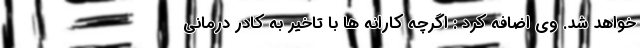
خواهد شد. وی اضافه کرد : اگرچه کارانه ها با تاخیر به کادر درمانی